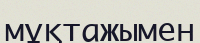
мұқтажымен